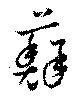
蘚